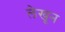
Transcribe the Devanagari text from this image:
लेखून